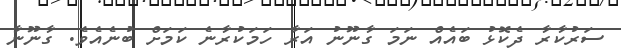
ސަރުކާރާ ދެކޮޅު ބައެއް ނަމަ ގާނޫނު އަރާ ހަމަކުރާނެ ކަމަށް ބުނެއެވެ. ގާނޫނާ